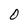
Character: 0